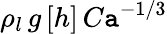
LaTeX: \rho_{l}\, g\, [h]\, C\mathtt{a}^{-1/3}